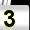
Digit: 3